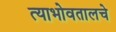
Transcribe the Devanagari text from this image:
त्याभोवतालचे